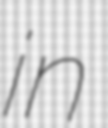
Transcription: in